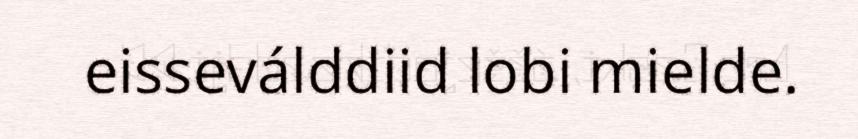
eisseválddiid lobi mielde.